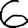
Digit: 6